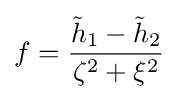
f={\frac {{\tilde {h}}_{1}-{\tilde {h}}_{2}}{\zeta ^{2}+\xi ^{2}}}